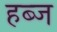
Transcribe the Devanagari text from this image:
हब्ज